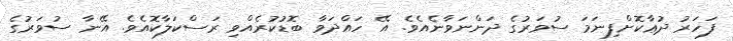
ފަހަރު ދުޢާކޮށްފިނަމަ ސުވަރުގެ ދަންނަވާނެއެވެ. އޭ ހައްދަވާ ބޮޑުކުރެއްވި ރަސްކަލާކޮއެވެ. އޭނާ ސުވަރުގެ